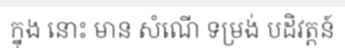
ក្នុង នោះ មាន សំណើ ទម្រង់ បដិវត្តន៍